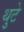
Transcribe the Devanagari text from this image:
थुटे